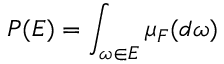
P ( E ) = \int _ { \omega \in E } \mu _ { F } ( d \omega )